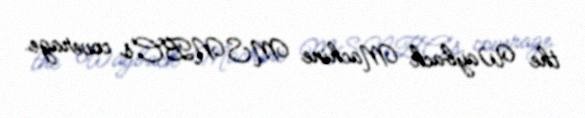
the Wayback Machine MSNBC's coverage.